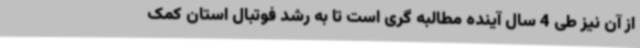
از آن نیز طی 4 سال آینده مطالبه گری است تا به رشد فوتبال استان کمک